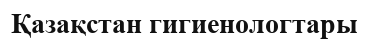
Қазақстан гигиенологтары